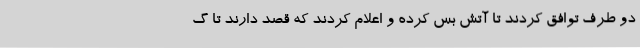
دو طرف توافق کردند تا آتش بس کرده و اعلام کردند که قصد دارند تا گ